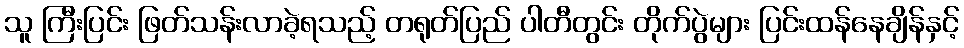
သူ ကြီးပြင်း ဖြတ်သန်းလာခဲ့ရသည့် တရုတ်ပြည် ပါတီတွင်း တိုက်ပွဲများ ပြင်းထန်နေချိန်နှင့်